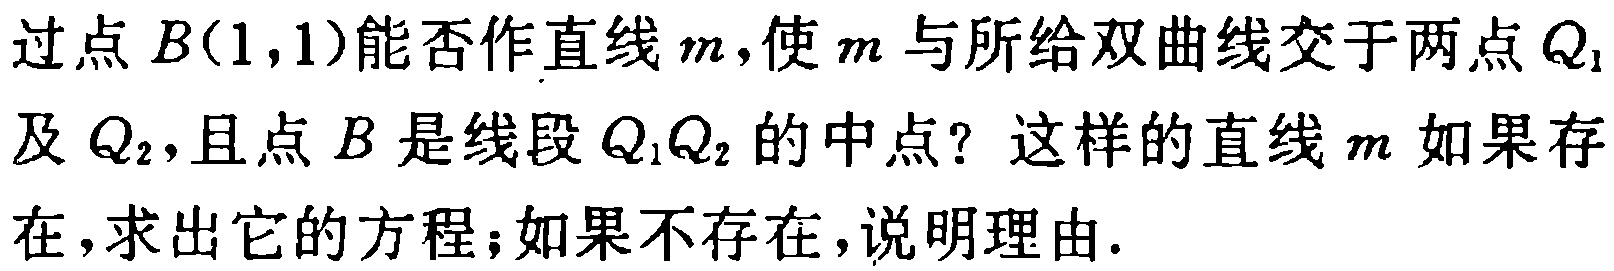
过点\(B(1,1)\)能否作直线\(m\)，使\(m\)与所给双曲线交于两点\(Q_1\)及\(Q_2\)，且点\(B\)是线段\(Q_1Q_2\)的中点？这样的直线\(m\)如果存在，求出它的方程；如果不存在，说明理由.